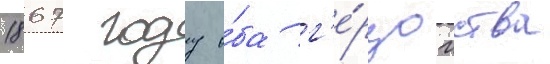
1867 году о́ба г'е́рцогства